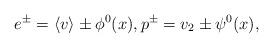
LaTeX: \begin{align*}e^\pm=\left<v\right>\pm\phi^0(x),p^\pm=v_2\pm\psi^0(x),\end{align*}